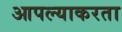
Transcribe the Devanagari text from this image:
आपल्याकरता